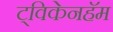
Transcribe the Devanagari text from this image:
ट्विकेनहॅम